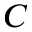
C